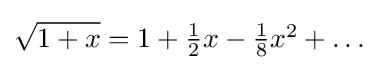
{\sqrt {1+x}}=1+\textstyle {\frac {1}{2}}x-{\frac {1}{8}}x^{2}+\dots